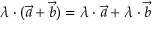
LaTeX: \lambda \cdot ( { \vec { a } } + { \vec { b } } ) = \lambda \cdot { \vec { a } } + \lambda \cdot { \vec { b } }